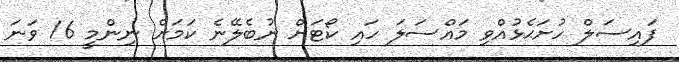
ފައިސަލް ހުށަޙެޅުއްވި މައްސަލަ ހައި ކޯޓަށް ނުބެލޭނެ ކަމަށް ނިންމީ 16 ވަނަ